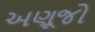
અણૂજો